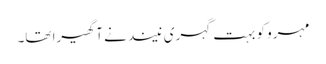
مہرو کو بہت گہری نیند نے آ گھیرا تھا۔